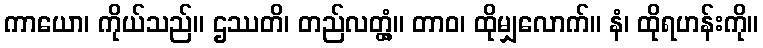
ကာယော၊ ကိုယ်သည်။ ဌဿတိ၊ တည်လတ္တံ့။ တာဝ၊ ထိုမျှလောက်။ နံ၊ ထိုရဟန်းကို။